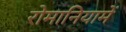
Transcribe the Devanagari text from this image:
रोमानियामें